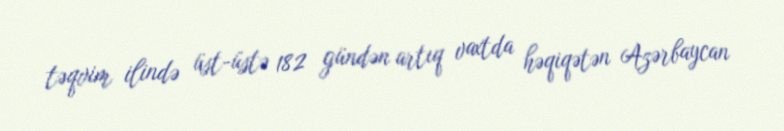
təqvim ilində üst-üstə 182 gündən artıq vaxtda həqiqətən Azərbaycan